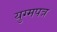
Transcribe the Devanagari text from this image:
युग्मपत्र